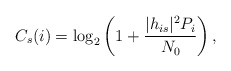
\begin{align*}{C_s}(i) = {\log _2}\left(1 + \frac{{|{h_{is}}{|^2}P_i}}{{{N_0}}}\right),\end{align*}